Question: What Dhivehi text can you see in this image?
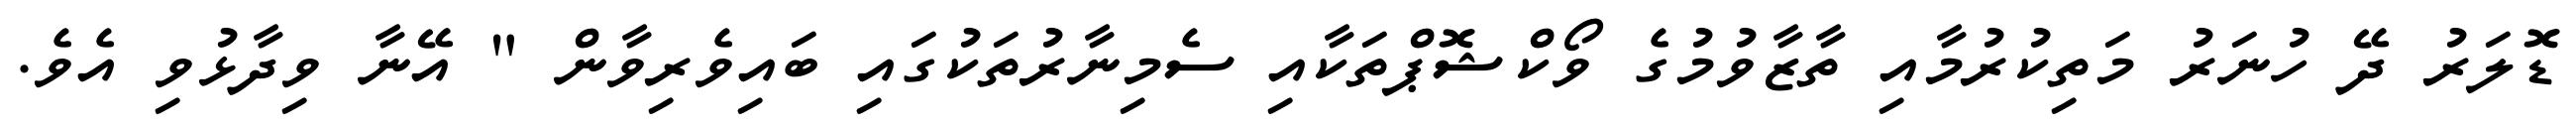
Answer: ޑޮލަރު ދޭ ހުނަރު މަތިކުރުމާއި ތާޒާވުމުގެ ވޯކްޝޮޕްތަކާއި ސެމިނާރުތަކުގައި ބައިވެރިވާން " އޭނާ ވިދާޅުވި އެވެ.